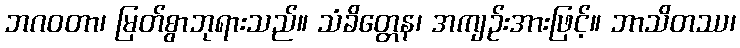
ဘဂဝတာ၊ မြတ်စွာဘုရားသည်။ သံခိတ္တေန၊ အကျဉ်းအားဖြင့်။ ဘာသိတဿ၊